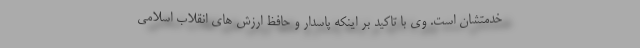
خدمتشان است. وی با تاکید بر اینکه پاسدار و حافظ ارزش های انقلاب اسلامی